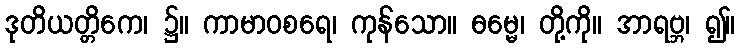
ဒုတိယတ္တိကေ၊ ၌။ ကာမာဝစရေ၊ ကုန်သော။ ဓမ္မေ၊ တို့ကို။ အာရဗ္ဘ၊ ၍။